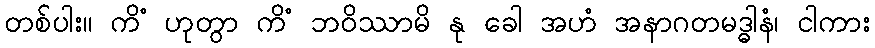
တစ်ပါး။ ကိံ ဟုတွာ ကိံ ဘဝိဿာမိ နု ခေါ အဟံ အနာဂတမဒ္ဓါနံ၊ ငါကား